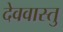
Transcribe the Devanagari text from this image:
देववास्तु